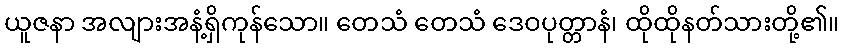
ယူဇနာ အလျားအနံ့ရှိကုန်သော။ တေသံ တေသံ ဒေဝပုတ္တာနံ၊ ထိုထိုနတ်သားတို့၏။